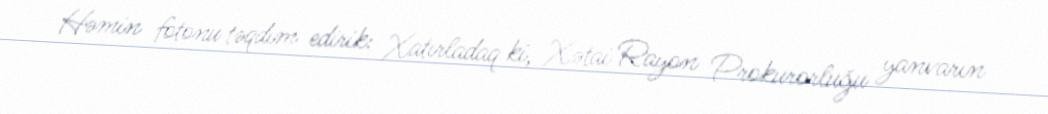
Həmin fotonu təqdim edirik: Xatırladaq ki, Xətai Rayon Prokurorluğu yanvarın